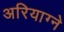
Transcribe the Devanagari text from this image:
अरियाग्ने